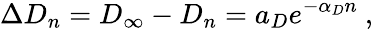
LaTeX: \Delta D_{n}=D_{\infty}-D_{n}=a_{D}e^{-\alpha_{D}n}\ ,